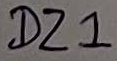
Text: DZ1